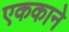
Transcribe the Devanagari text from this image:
एककाने